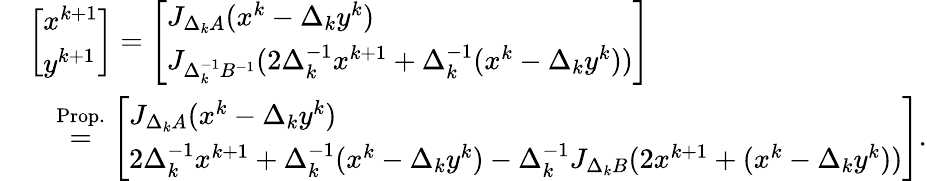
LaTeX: \begin{array}{rl}&{\left[\begin{array}{l}{x^{k+1}}\\ {y^{k+1}}\end{array}\right]=\left[\begin{array}{l}{J_{\Delta_{k}A}(x^{k}-\Delta_{k}y^{k})}\\ {J_{\Delta_{k}^{-1}B^{-1}}(2\Delta_{k}^{-1}x^{k+1}+\Delta_{k}^{-1}(x^{k}-\Delta_{k}y^{k}))}\end{array}\right]}\\ &{\quad\overset{\mathrm{Prop.}}{=}\left[\begin{array}{l}{J_{\Delta_{k}A}(x^{k}-\Delta_{k}y^{k})}\\ {2\Delta_{k}^{-1}x^{k+1}+\Delta_{k}^{-1}(x^{k}-\Delta_{k}y^{k})-\Delta_{k}^{-1}J_{\Delta_{k}B}(2x^{k+1}+(x^{k}-\Delta_{k}y^{k}))}\end{array}\right].}\end{array}